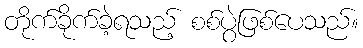
တိုက်ခိုက်ခဲ့ရသည့် စစ်ပွဲဖြစ်ပေသည်။